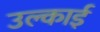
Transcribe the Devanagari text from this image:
उल्काई